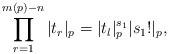
\begin{align*} \prod^{m(p)-n}_{r=1}|t_r|_p = |t_l|^{s_1}_p|s_1!|_p,\end{align*}